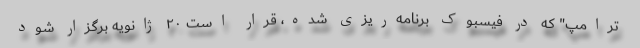
ترامپ" که در فیسبوک برنامه‌ریزی شده، قرار است ۲۰ ژانویه برگزار شود